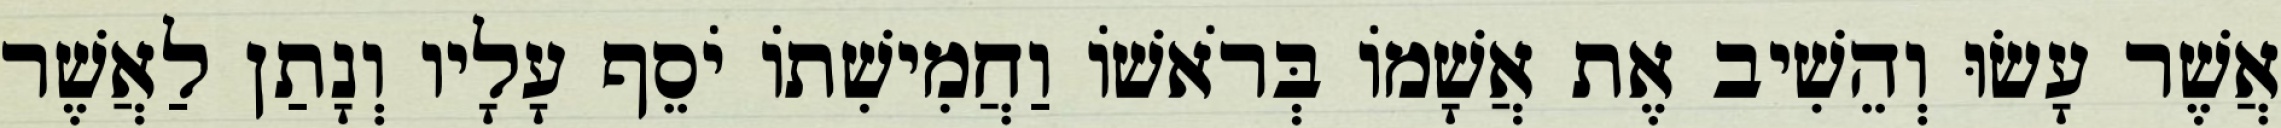
אֲשֶׁר עָשׂוּ וְהֵשִׁיב אֶת אֲשָׁמוֹ בְּרֹאשׁוֹ וַחֲמִישִׁתוֹ יֹסֵף עָלָיו וְנָתַן לַאֲשֶׁר